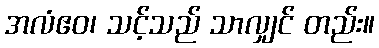
အလံဧဝ၊ သင့်သည် သာလျှင် တည်း။